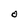
Character: O